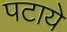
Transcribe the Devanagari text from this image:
पटाये